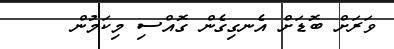
ވަރަށް ބޮޑަށް އެނގިގެން ގޮއްސި މިކަމުން